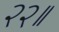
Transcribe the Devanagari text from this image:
२२॥